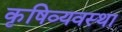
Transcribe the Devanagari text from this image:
कृषिव्‍यवस्था